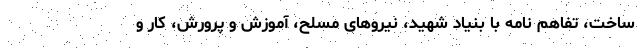
ساخت، تفاهم نامه با بنیاد شهید، نیروهای مسلح، آموزش و پرورش، کار و